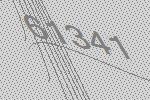
61341